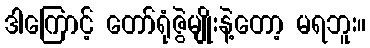
ဒါကြောင့် တော်ရုံဇွဲမျိုးနဲ့တော့ မရဘူး။